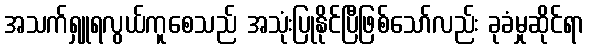
အသက်ရှူရလွယ်ကူစေသည် အသုံးပြုနိုင်ပြီဖြစ်သော်လည်း ခုခံမှုဆိုင်ရာ